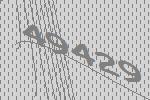
49429